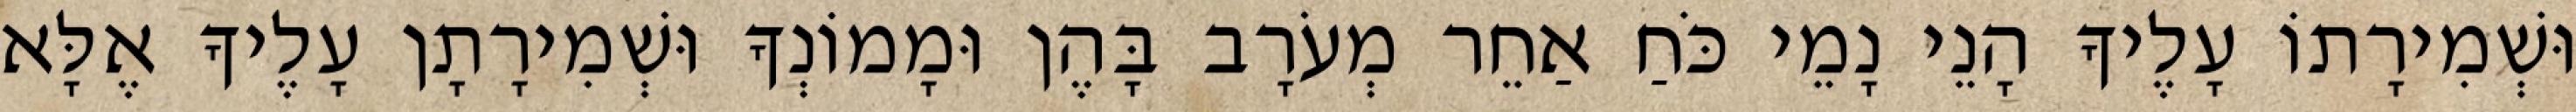
וּשְׁמִירָתוֹ עָלֶיךָ הָנֵי נָמֵי כֹּחַ אַחֵר מְעֹרָב בָּהֶן וּמָמוֹנְךָ וּשְׁמִירָתָן עָלֶיךָ אֶלָּא